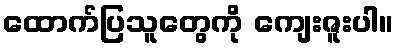
ထောက်ပြသူတွေကို ကျေးဇူးပါ။